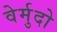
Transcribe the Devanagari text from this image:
वेर्मुदो